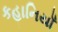
કહાનિયાઁ